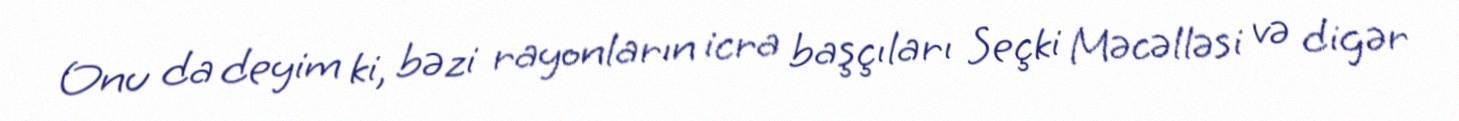
Onu da deyim ki, bəzi rayonların icra başçıları Seçki Məcəlləsi və digər